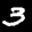
Label: 3